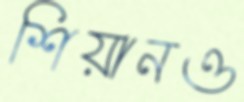
শিয়ানও